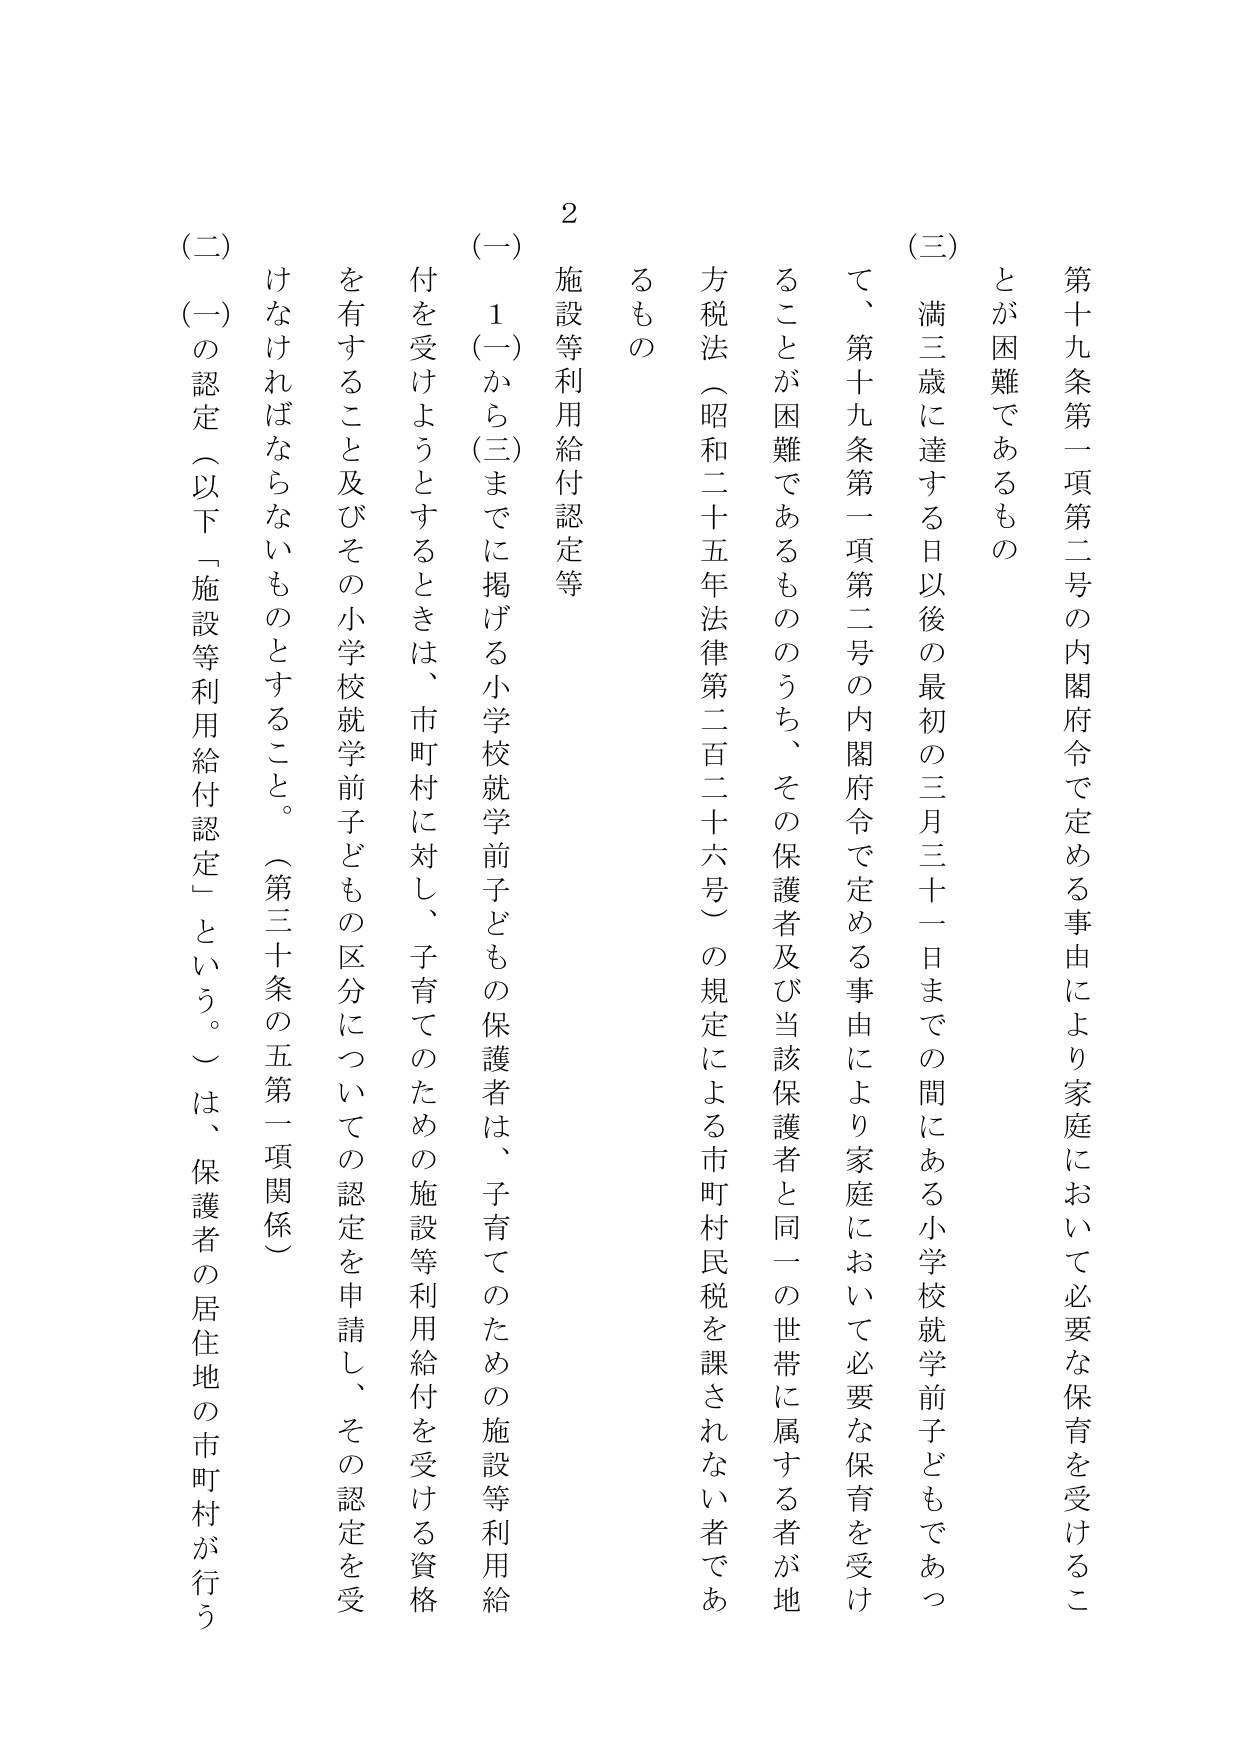
第十九条第一項第二号の内閣府令で定める事由により家庭において必要な保育を受けることが困難であるもの

（三）満三歳に達する日以後の最初の三月三十一日までの間にある小学校就学前子どもであって、第十九条第一項第二号の内閣府令で定める事由により家庭において必要な保育を受けることが困難であるもののうち、その保護者及び当該保護者と同一の世帯に属する者が地方税法（昭和二十五年法律第二百二十六号）の規定による市町村民税を課されない者であるもの

２ 施設等利用給付認定等

（一）１（一）から（三）までに掲げる小学校就学前子どもの保護者は、子育てのための施設等利用給付を受けようとするときは、市町村に対し、子育てのための施設等利用給付を受ける資格を有すること及びその小学校就学前子どもの区分についての認定を申請し、その認定を受けなければならないものとする。（第三十条の五第一項関係）

（二）（一）の認定（以下「施設等利用給付認定」という。）は、保護者の居住地の市町村が行う